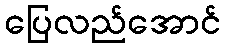
ပြေလည်အောင်